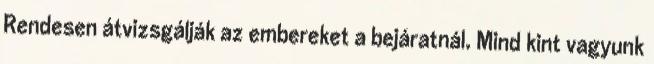
Rendesen átvizsgálják az embereket a bejáratnál. Mind kint vagyunk